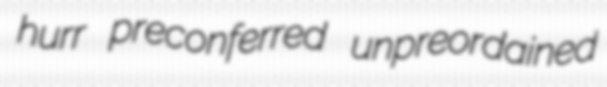
hurr preconferred unpreordained